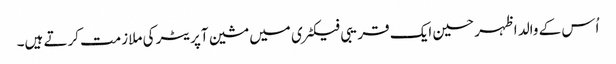
اُس کے والد اظہر حسین ایک قریبی فیکٹری میں مشین آپریٹر کی ملازمت کرتے ہیں۔